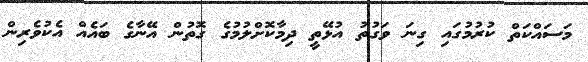
މަސައްކަތް ކުރުމުގައި ގިނަ ވަގުތު އުޅޭތީ ދިމާކޮށްލުމުގެ ގޮތުން އޭނާގެ ބައެއް އެކުވެރިން